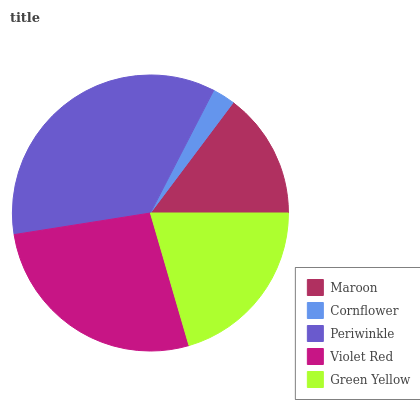
| Maroon | Cornflower | Periwinkle | Violet Red | Green Yellow |
 | --- | --- | --- | --- | --- |
 | 14.8% | 2.66% | 35% | 27% | 20.5% |